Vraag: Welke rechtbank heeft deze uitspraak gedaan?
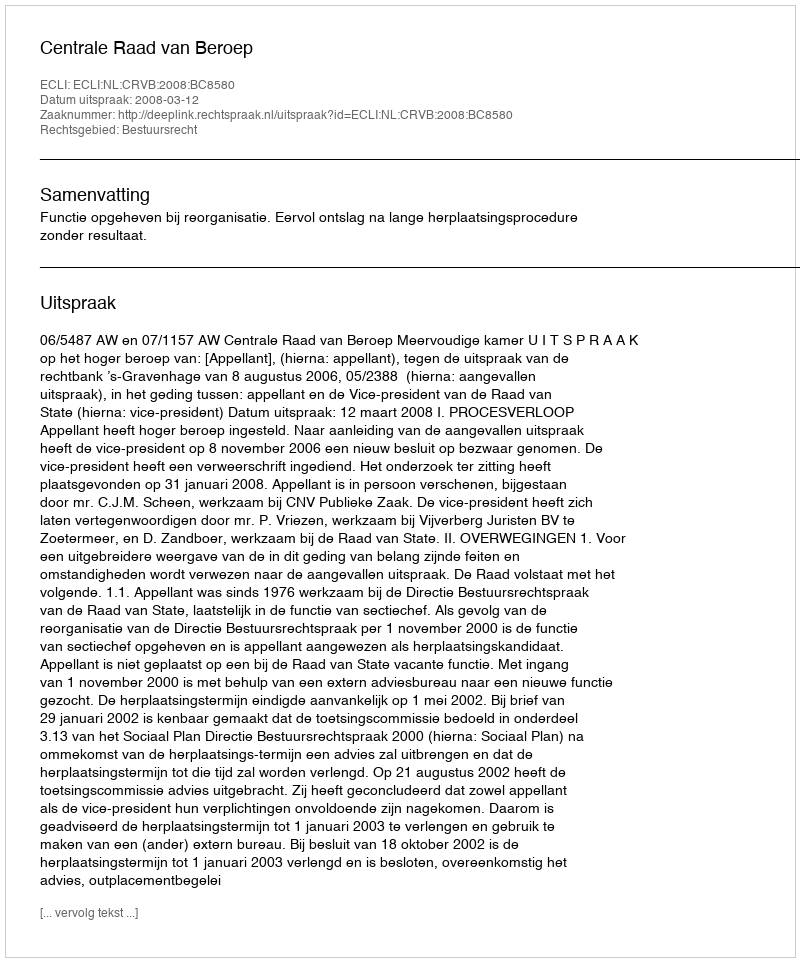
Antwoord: Centrale Raad van Beroep